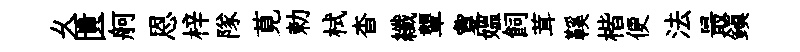
乆匱舸恩梓隊莧勅栻杳纖顰夐媪飼茸鞵楷便法最鎮